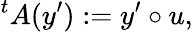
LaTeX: {}^{t}A(y^{\prime}):=y^{\prime}\circ u,